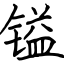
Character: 镒